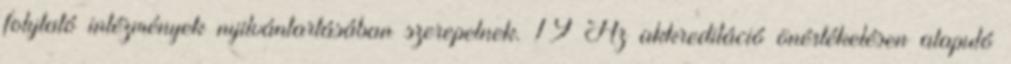
folytató intézmények nyilvántartásában szerepelnek. 19 Az akkreditáció önértékelésen alapuló